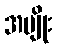
အမျိုး